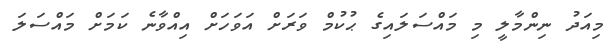
މިއަދު ނިންމާލީ މި މައްސަލައިގެ ޙުކުމް ވަރަށް އަވަހަށް އިއްވާނެ ކަމަށް މައްސަލަ